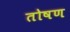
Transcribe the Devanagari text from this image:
तोषण